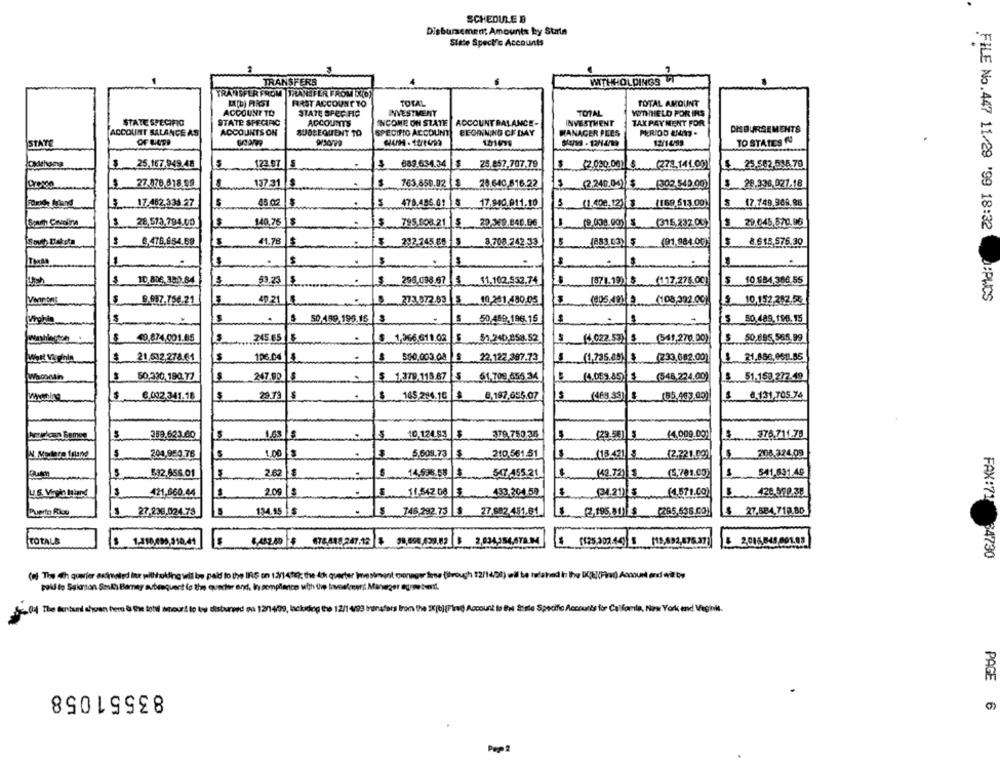
SCHEDULE B
Disbursement Amounts ky Starin
State Specific Accounts
TRANSFERS
WITHHOLDINGS T
TRANSFER FROM TRANSFER FROM STOS
MX[b) FIRST
FIRST ACCOUNT TO
TOTAL
TOTAL AMOUNT
ACCOUNT TO
STATE SPEC HO
INVESTMENT
TOTAL
YOUTHHELD FOR IRS
STATE SPECIFIC
STATE SPECIFIC
ACCOUNTS
INCOME ON STATE
ACCOUNT BALANCE-
INVESTMENT
TAX PAYMENT FOR
DISBURSEMENTS
ACCOUNT BALANCE AS
ACCOUNTS ON
SUBSEQUENT TO
SPECIFIC ACCOUNT
BEGINNING OF DAY
MANAGER PLES
STATE
OF LIGTP
101699
TO STATES NU
3 25.167.949.48
123.07
889.654.34
$
25.857.707.79
(2.030.001 6
(272,141,00)
$.25.502 534.70
$
27.876.678.99
137:31
$
$
763.859.92 [$
28.640.816.22
$
Croce
2240.00
(302.543.00)
$ 26.330.027.18
3 ..... 17.462,334 27
48.02
478.485.61
17.840.011.10
(1.408,12) 3
(168.613.00)
5 17.749.988.88
$
140,76
$ 29.048.570.96
28,573.784.00
$
795.508.21 &
22,369.840.96
(2,008.00) 8
(315,232.00)
4.476.884.69
41.78
292.745.66 5
3.708 242.33
(883.03) 5
(91.884.0G)
$ 8 615.576.30
$
$ 10,806.380.84
53.25
296,098.67 3 11.102.552.74
(371.19) $ (117.275.00)
5 10 884 306.55
FILE No.447 11/29 '99 18:32 :PWCS
Vairons
$ 9.987.750.21
49.21
273.872.83
273.072.83 $ 10.201.430.05
(108,392.00)
$ 10,152312. 5
$
$ 50.159.195.15
S 50,449.196.16
$
5 50,489.190.15
245.65
$
49,874.001.85
$ 1,366.611.02
51.240.258.52
(3.022.53) 3
(541,270,00)
$ 50.695.565.99
$
21,532,278.61
500,003.08
22,122,387.73
(1,735.89)
(233.682.00)
$ 21,888,651.55
207.00 €
$ 1.379. 115.67
.6.1.709.455.34
(1,059.85)8
(548,224.00)
$ 51.159 272.49
6.002.341.18
29.73
165 284.16
8,197,655,07
(55,463.00)
8.131,705.74
(465 39).
389.623.00
1.63 9
.10,124.83
379.75036
(4,009.00)
...... 376.711.78
S
204,950.76
S
1.00
5,509,73
$
210.561.51
(13.421 3
(2,721.09)
208.324.09
532.656.01
$
282
14,598.58
$
547,455.21
(5,781.00)
541.691.49
(42.72) 3
$
121,860.04
2.09
11.542.08
433.304.50
(1,571.00)
420.570.38
27-236.024.78
134.15
745,282 73 8
27.682 451.61
27.584.718.80
(2,105) (265.698.00)
TOTALS
2.015,843. 001.05
FAX:71 34730
(el The 4th quarter asinvalid ine withholding wil be paid to the IRS on 1:3/14192; the 4th quarter Investment manager free (ihrough 12/14/28) wil be tulaled in the DCE(Fiad) Account and wi by
pol to Salorson Sails Bamay subsequent (o the quarter and, In compliance with the towelmer; Maneger surow bonif.
( The Bentund ahvan ter & the lote spour! lo by disburwed en 12/14/99, lackding the 12/1 499 transfers from the EX[b](First) Account la Bui Siste Specific Accounts for Calforıla, Nın York end Veğini.
83551058
PAGE
6
Pept